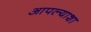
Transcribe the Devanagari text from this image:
आपल्याशा